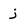
Character: j